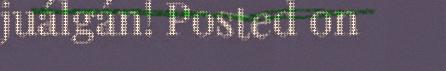
juálgán! Posted on